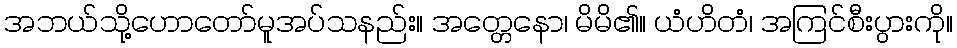
အဘယ်သို့ဟောတော်မူအပ်သနည်း။ အတ္တေနော၊ မိမိ၏။ ယံဟိတံ၊ အကြင်စီးပွားကို။